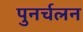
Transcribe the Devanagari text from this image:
पुनर्चलन